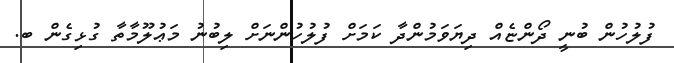
ފުލުހުން ބުނީ ދޯންޏެއް ދިޔަވަމުންދާ ކަމަށް ފުލުހުންނަށް ލިބުނު މަޢުލޫމާތާ ގުޅިގެން ބ.